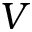
V